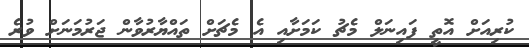
ކުރިއަށް އޮތީ ފައިނަލް މެޗު ކަމަށާއި އެ މެޗަށް ތައްޔާރުވާން ޖަރުމަނަށް ވުރެ